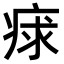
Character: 𤶩